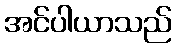
အင်ပါယာသည်